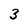
Character: 3